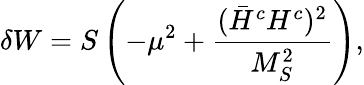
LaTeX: \delta W=S\left(-\mu^{2}+\frac{(\bar{H}^{c}H^{c})^{2}}{M_{S}^{2}}\right),